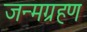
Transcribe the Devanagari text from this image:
जन्मग्रहण